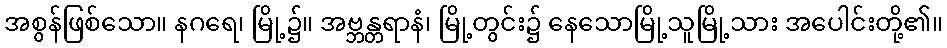
အစွန်ဖြစ်သော။ နဂရေ၊ မြို့၌။ အဗ္ဘန္တရာနံ၊ မြို့တွင်း၌ နေသောမြို့သူမြို့သား အပေါင်းတို့၏။